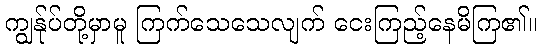
ကျွန်ုပ်တို့မှာမူ ကြက်သေသေလျက် ငေးကြည့်နေမိကြ၏။